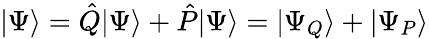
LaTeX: |\Psi\rangle=\hat{Q}|\Psi\rangle+\hat{P}|\Psi\rangle=|\Psi_{Q}\rangle+|\Psi_{P}\rangle